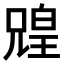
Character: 𫤟